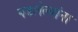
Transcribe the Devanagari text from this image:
पडलेल्यांना